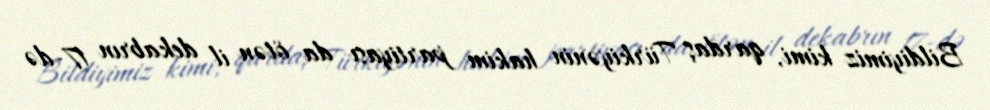
Bildiyimiz kimi, qardaş Türkiyənin hakim partiyası da ötən il dekabrın 17-də